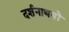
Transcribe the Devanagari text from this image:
दर्शनाथयों